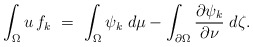
\begin{align*}\int_\Omega u\,f_k\ =\ \int_\Omega\psi_k\;d\mu-\int_{\partial\Omega}\frac{\partial\psi_k}{\partial\nu}\;d\zeta.\end{align*}